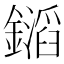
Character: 𨭡